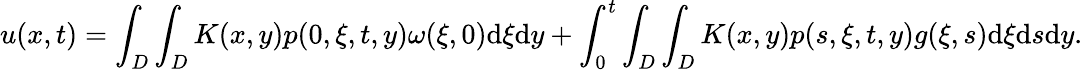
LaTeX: u(x,t)=\int_{D}\int_{D}K(x,y)p(0,\xi,t,y)\omega(\xi,0)\textrm{d}\xi\textrm{d}y+\int_{0}^{t}\int_{D}\int_{D}K(x,y)p(s,\xi,t,y)g(\xi,s)\textrm{d}\xi\textrm{d}s\textrm{d}y.